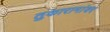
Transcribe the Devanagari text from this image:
तुकारामांवर